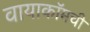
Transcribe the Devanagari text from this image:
वायाकॉमची